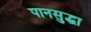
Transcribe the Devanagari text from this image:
पानसुद्धा